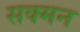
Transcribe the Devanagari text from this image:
सक्मन